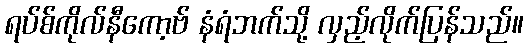
ရပ်စ်ကိုလ်နီကော့ဗ် နံရံဘက်သို့ လှည့်လိုက်ပြန်သည်။